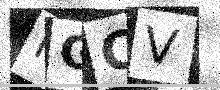
Text: MGCV